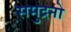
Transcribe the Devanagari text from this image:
समुद्रनो